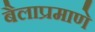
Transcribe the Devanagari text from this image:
बैलाप्रमाणे